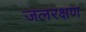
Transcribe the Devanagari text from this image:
जलरक्षण